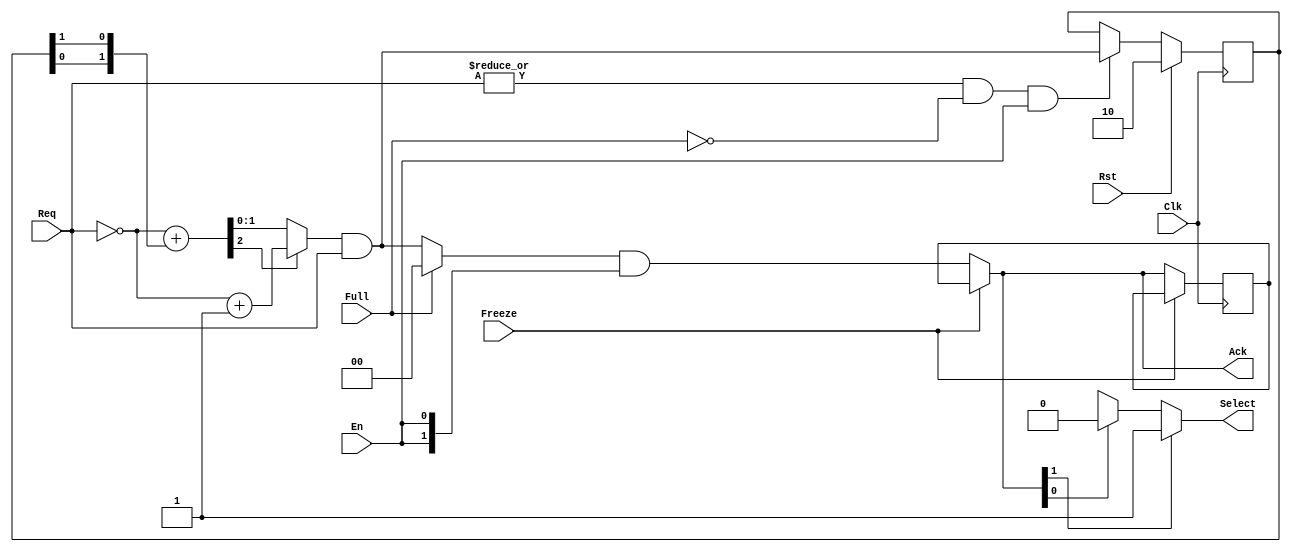
//  Copyright (c) 2005-2006, Regents of the University of California
//  All rights reserved.
//  
//  Redistribution and use in source and binary forms, with or without modification,
//  are permitted provided that the following conditions are met:
//  
//      - Redistributions of source code must retain the above copyright notice,
//          this list of conditions and the following disclaimer. 
//      - Redistributions in binary form must reproduce the above copyright
//          notice, this list of conditions and the following disclaimer
//          in the documentation and/or other materials provided with the
//          distribution. 
//      - Neither the name of the University of California, Berkeley nor the
//          names of its contributors may be used to endorse or promote
//          products derived from this software without specific prior
//          written permission. 
//  
//  THIS SOFTWARE IS PROVIDED BY THE COPYRIGHT HOLDERS AND CONTRIBUTORS "AS IS" AND
//  ANY EXPRESS OR IMPLIED WARRANTIES, INCLUDING, BUT NOT LIMITED TO, THE IMPLIED
//  WARRANTIES OF MERCHANTABILITY AND FITNESS FOR A PARTICULAR PURPOSE ARE
//  DISCLAIMED. IN NO EVENT SHALL THE COPYRIGHT OWNER OR CONTRIBUTORS BE LIABLE FOR
//  ANY DIRECT, INDIRECT, INCIDENTAL, SPECIAL, EXEMPLARY, OR CONSEQUENTIAL DAMAGES
//  (INCLUDING, BUT NOT LIMITED TO, PROCUREMENT OF SUBSTITUTE GOODS OR SERVICES;
//  LOSS OF USE, DATA, OR PROFITS; OR BUSINESS INTERRUPTION) HOWEVER CAUSED AND ON
//  ANY THEORY OF LIABILITY, WHETHER IN CONTRACT, STRICT LIABILITY, OR TORT
//  (INCLUDING NEGLIGENCE OR OTHERWISE) ARISING IN ANY WAY OUT OF THE USE OF THIS
//  SOFTWARE, EVEN IF ADVISED OF THE POSSIBILITY OF SUCH DAMAGE.

//----------------------------------------------------------------------------
// arbiter.v - module
//----------------------------------------------------------------------------

module arbiter 
  (
   // System inputs
   Clk,
   Rst,
   En,
   Freeze,

   // Arbitration inputs
   Full,
   Req,

   // Arbitration outputs
   Ack,
   Select
   );
   
   // Parameters
   parameter                  C_NUM_PORTS = 2;
   parameter                  C_PORTS_WIDTH = 1;
   parameter                  C_BURST_WINDOW = 0;
   parameter                  C_BWIND_WIDTH = 0;
   
   // System inputs
   input                      Clk;
   input                      Rst;
   input                      En;
   input                      Freeze;
   
   // Arbitration inputs
   input                      Full;
   input [C_NUM_PORTS-1:0]    Req;
   
   // Arbitration outputs
   output [C_NUM_PORTS-1:0]   Ack;
   output [C_PORTS_WIDTH-1:0] Select;
   
   ///////////////////////////////////////
   //  ____  _                   _      //
   // / ___|(_) __ _ _ __   __ _| |___  //
   // \___ \| |/ _` | '_ \ / _` | / __| //
   //  ___) | | (_| | | | | (_| | \__ \ //
   // |____/|_|\__, |_| |_|\__,_|_|___/ //
   //          |___/                    //
   ///////////////////////////////////////

   reg [C_PORTS_WIDTH-1:0]    Select;
   wire [C_NUM_PORTS-1:0]     ack_int;   
   reg [C_NUM_PORTS-1:0]      last_ack;
   wire [C_NUM_PORTS:0]       pass_ack_L0;
   wire [C_NUM_PORTS-1:0]     pass_ack_L1;

   reg [C_BWIND_WIDTH-1:0]    window_cnt;
   wire                       window_cnt_down;
   wire                       window_cnt_rst;
   reg    [C_NUM_PORTS-1:0]   Ack_frozen;

   /////////////////////////////////////////////////////////////////////////
   //  ____                 _    __        ___           _                //
   // | __ ) _   _ _ __ ___| |_  \ \      / (_)_ __   __| | _____      __ //
   // |  _ \| | | | '__/ __| __|  \ \ /\ / /| | '_ \ / _` |/ _ \ \ /\ / / //
   // | |_) | |_| | |  \__ \ |_    \ V  V / | | | | | (_| | (_) \ V  V /  //
   // |____/ \__,_|_|  |___/\__|    \_/\_/  |_|_| |_|\__,_|\___/ \_/\_/   //
   //                                                                     //
   /////////////////////////////////////////////////////////////////////////
   
   generate
      if (C_BURST_WINDOW != 0)
        begin:gen_bwind_cnt
           assign window_cnt_down = (window_cnt != 0) & |(Req & last_ack);
           assign window_cnt_rst = (window_cnt == 0) | ~( |(Req & last_ack) );
           
           always @( posedge Clk )
             begin
                if (Rst || (window_cnt_rst))
                  window_cnt <= C_BURST_WINDOW;
                else if (window_cnt_down)
                  window_cnt <= window_cnt - 1;
             end
        end
      else
        begin:gen_no_bwind_cnt
           assign window_cnt_down = 1'b0;
           assign window_cnt_rst = 1'b0;
        end
   endgenerate   
   
   ////////////////////////////////////////////////
   //  ____  ____    ____       _           _    //
   // |  _ \|  _ \  / ___|  ___| | ___  ___| |_  //
   // | |_) | |_) | \___ \ / _ \ |/ _ \/ __| __| //
   // |  _ <|  _ <   ___) |  __/ |  __/ (__| |_  //
   // |_| \_\_| \_\ |____/ \___|_|\___|\___|\__| //
   //                                            //
   ////////////////////////////////////////////////
   
   assign pass_ack_L0 = { 1'b0, ~Req } + { 1'b0, last_ack[C_NUM_PORTS-2:0], last_ack[C_NUM_PORTS-1] };
   assign pass_ack_L1 = (~Req) + 1;

   assign ack_int = (window_cnt_down ? last_ack : 
                     ((pass_ack_L0[C_NUM_PORTS] ? pass_ack_L1 : 
                       pass_ack_L0[C_NUM_PORTS-1:0]) & Req));

   assign Ack = Freeze ? Ack_frozen : (Full ? {C_NUM_PORTS{1'b0}} : ack_int) & {C_NUM_PORTS{En}};
   
   always @( posedge Clk )
     begin
	 if (~Freeze)
	   begin
           Ack_frozen    <= Ack;
         end
     end   
   
   always @( posedge Clk )
     begin
	    if (Rst)
	      last_ack <= { 1'b1, {C_NUM_PORTS-1{1'b0}} };
	    else if (|Req && ~Full && En)
	      last_ack <= ack_int;
     end

   //////////////////////////////////////////////
   //   ___  _   _   _          ____  _        //
   //  / _ \| | | | | |_ ___   | __ )(_)_ __   //
   // | | | | |_| | | __/ _ \  |  _ \| | '_ \  //
   // | |_| |  _  | | || (_) | | |_) | | | | | //
   //  \___/|_| |_|  \__\___/  |____/|_|_| |_| //
   //                                          //
   //////////////////////////////////////////////
   
   integer i;
   always @( * )
     begin
	    Select = {C_PORTS_WIDTH{1'bx}}; // Default
	    
	    for (i = 0; i < C_NUM_PORTS; i = (i + 1))
	      begin
	         if (Ack[i] == 1'b1)
	           Select = i;
	      end
     end
   
endmodule